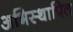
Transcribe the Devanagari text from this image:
अभिस्थापित